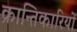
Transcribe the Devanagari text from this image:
क्रान्‍तिकारियों